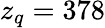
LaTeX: z_{q}=378